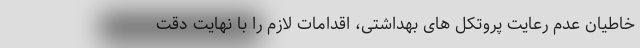
خاطیان عدم رعایت پروتکل های بهداشتی، اقدامات لازم را با نهایت دقت